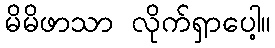
မိမိဖာသာ လိုက်ရှာပေါ့။